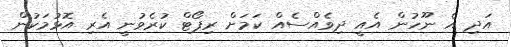
އަދި އެ ނޫހުން އެއީ ދިވެއްސެއް ކަމަށް ރިޕޯޓް ކުރެވުނީ އެރި އޮޅުމަކުން